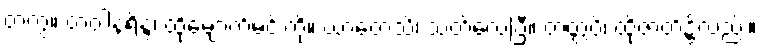
တကွ။ တံဝါနရိန္ဒံ၊ ထိုမျောက်မင်းကို။ ဃာတေသိ၊ သတ်လေပြီ။ တတ္ထပိ၊ ထိုဇာတ်၌လည်း။